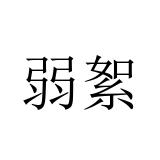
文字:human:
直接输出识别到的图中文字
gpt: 弱絮